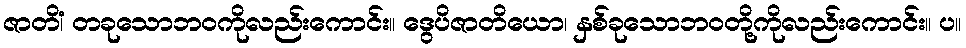
ဇာတိံ၊ တခုသောဘဝကိုလည်းကောင်း။ ဒွေပိဇာတိယော၊ နှစ်ခုသောဘဝတို့ကိုလည်းကောင်း။ ပ။